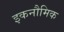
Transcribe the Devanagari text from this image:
इकनौमिक